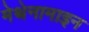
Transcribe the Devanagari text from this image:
मेथेनामाइन